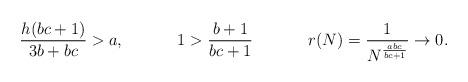
LaTeX: \begin{align*} \frac{h(bc+1)}{3b+bc} &> a, & 1 &> \frac{b+1}{bc+1} &r(N)&= \frac{1}{N^{\frac{abc}{bc+1}}} \rightarrow 0. \end{align*}